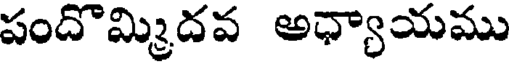
పందొమ్మిదవ అధ్యాయము